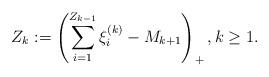
LaTeX: \begin{align*} Z_k:=\left(\sum_{i=1}^{Z_{k-1}}\xi_{i}^{(k)}-M_{k+1}\right)_+, k\geq1. \end{align*}